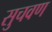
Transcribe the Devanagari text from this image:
सुचवण